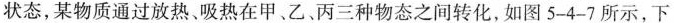
状态，某物质通过放热、吸热在甲、乙、丙三种物态之间转化，如图5-4-7所示，下